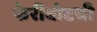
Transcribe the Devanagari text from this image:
फेरीबोटची